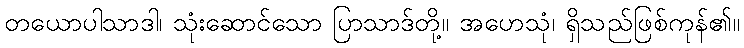
တယောပါသာဒါ၊ သုံးဆောင်သော ပြာသာဒ်တို့။ အဟေသုံ၊ ရှိသည်ဖြစ်ကုန်၏။